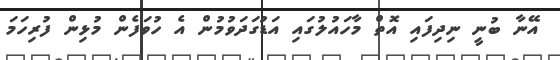
އޭނާ ބުނީ ނިދިފައި އޮތް މާހައުލުގައި އަޑުގަދަވުމުން އެ ހުވަފެން މުޅިން ފުރިހަމަ